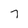
Character: 7